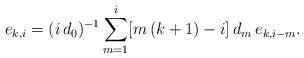
LaTeX: \begin{align*}e_{k,i}=(i\,d_0)^{-1}\sum_{m=1}^{i}[m\,(k+1)-i]\,d_m\,e_{k,i-m}.\end{align*}